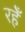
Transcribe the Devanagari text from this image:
रहेँ